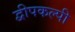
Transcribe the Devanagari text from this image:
द्वीपकल्पी